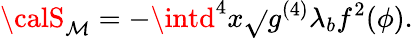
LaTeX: {\calS}_{\mathcal{M}}=-\intd^{4}x\sqrt{}{{g^{(4)}}}\lambda_{b}f^{2}(\phi).